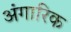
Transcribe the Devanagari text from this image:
अंगारिक